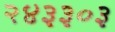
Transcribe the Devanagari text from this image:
२४३३०३